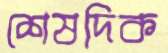
শেষদিক